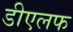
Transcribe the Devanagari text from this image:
डीएलफ